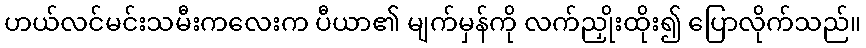
ဟယ်လင်မင်းသမီးကလေးက ပီယာ၏ မျက်မှန်ကို လက်ညှိုးထိုး၍ ပြောလိုက်သည်။